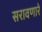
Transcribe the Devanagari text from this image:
सरावणारे